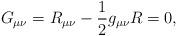
LaTeX: \begin{align*}G_{\mu\nu} = R_{\mu\nu} - {1\over 2} g_{\mu\nu} R =0, \end{align*}